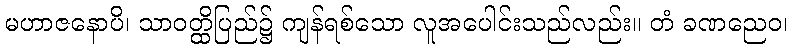
မဟာဇနောပိ၊ သာဝတ္ထိပြည်၌ ကျန်ရစ်သော လူအပေါင်းသည်လည်း။ တံ ခဏညေဝ၊